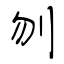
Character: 刎